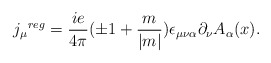
\begin{align*}{j_{\mu}}^{reg}=\frac{ie}{4\pi}(\pm 1 +\frac{m}{|m|})\epsilon_{\mu\nu\alpha}\partial_{\nu} A_{\alpha}(x).\end{align*}